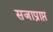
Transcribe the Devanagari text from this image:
सजाप्राप्त